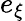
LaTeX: e_{\xi}